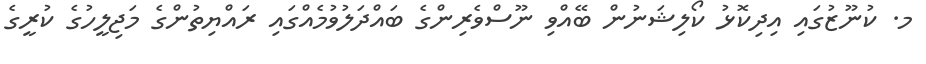
މ. ކުނޫޒުގައި އިދިކޮޅު ކޯލިޝަނުން ބޭއްވި ނޫސްވެރިންގެ ބައްދަލުވުމެއްގައި ރައްޔިތުންގެ މަޖިލީހުގެ ކުރީގެ